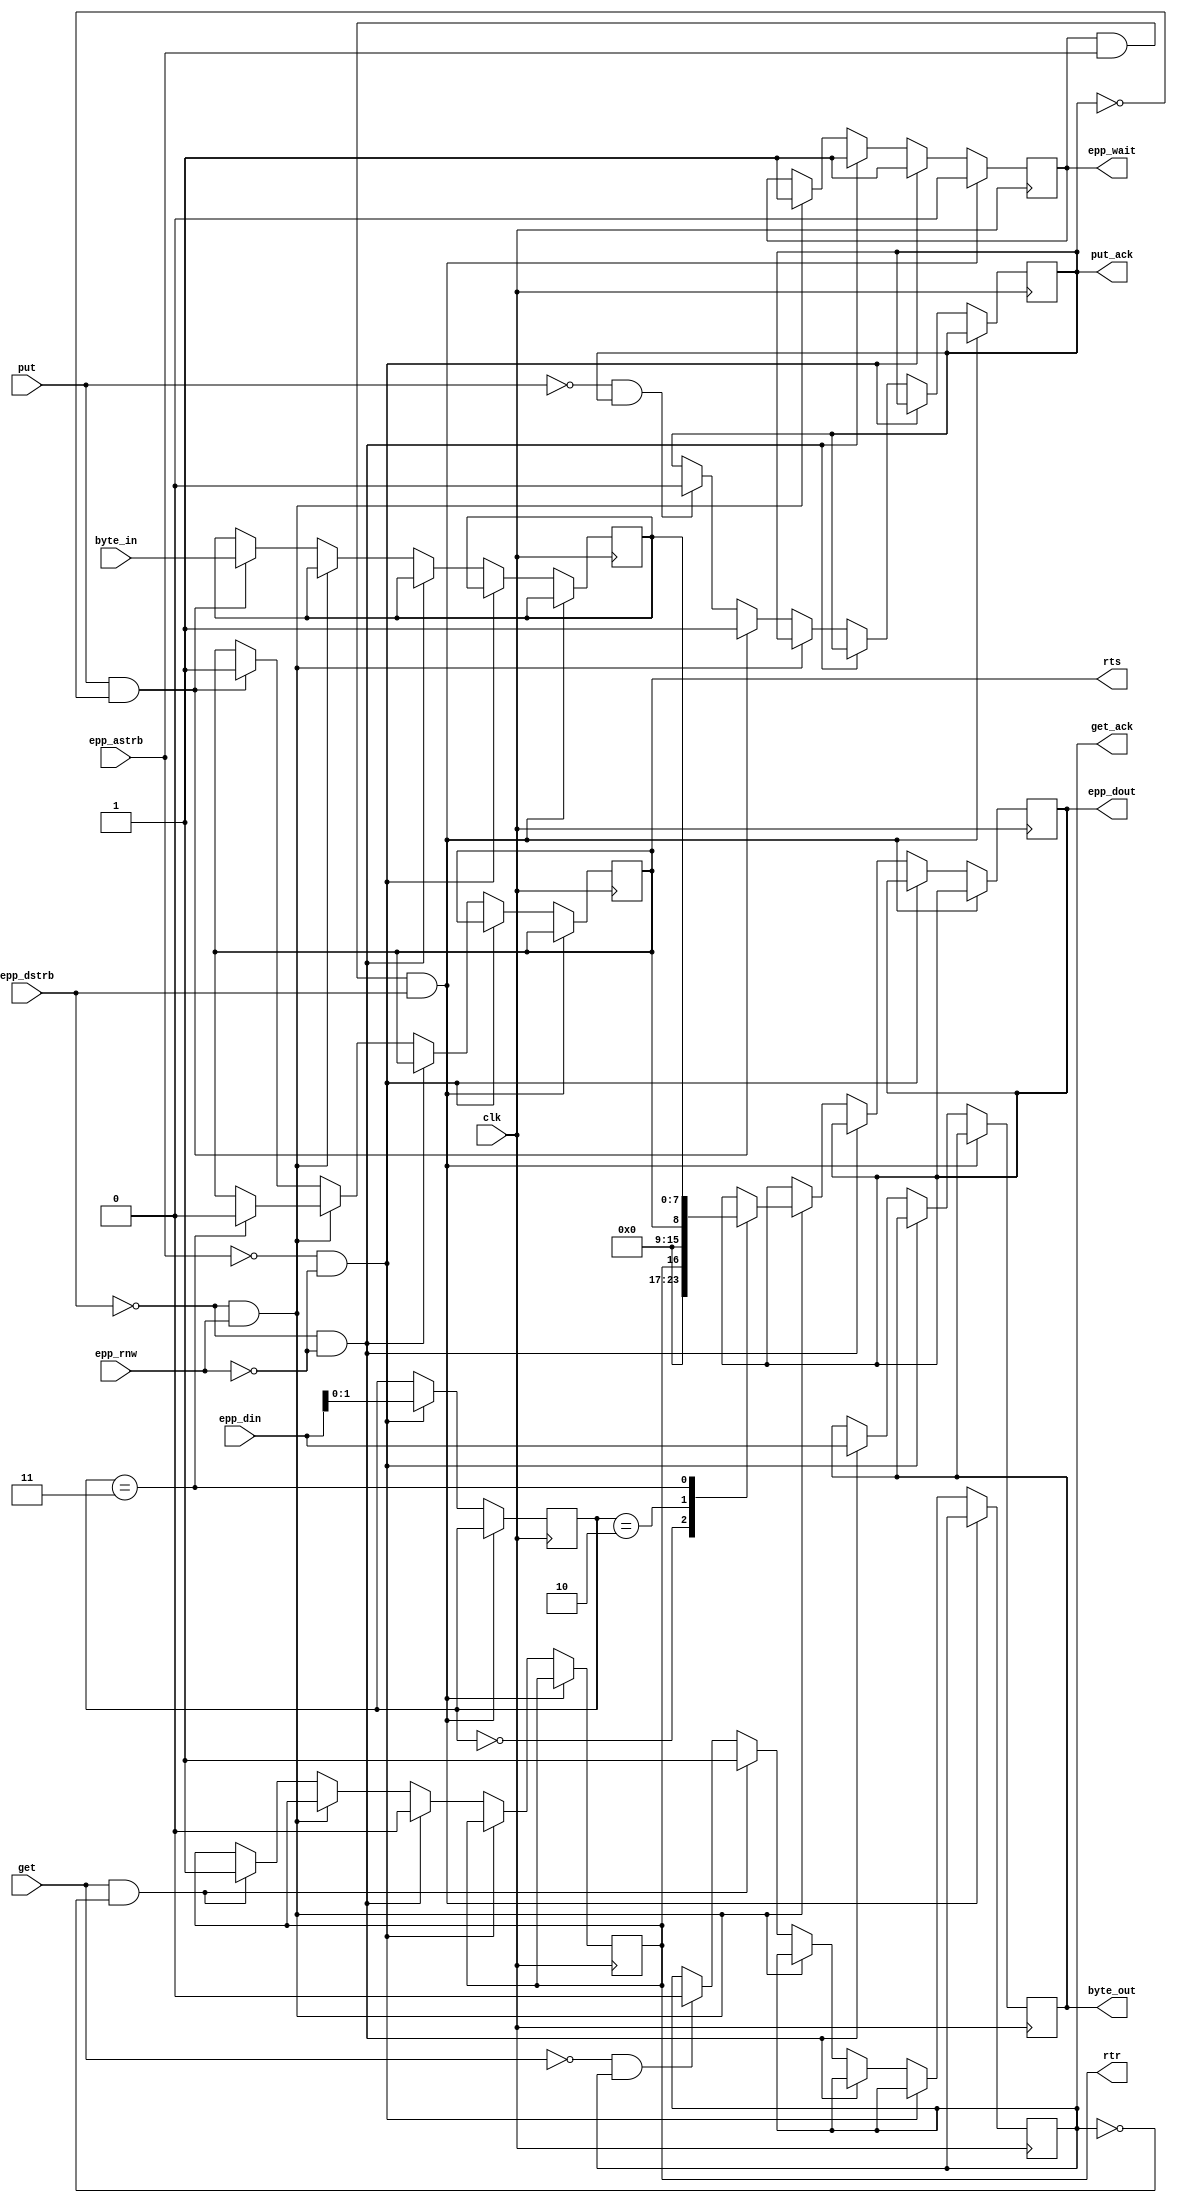
//Verilog HDL for "Board_lib", "emulated_uart" "functional"


module emulated_uart(clk, epp_din, epp_dout, epp_astrb, epp_dstrb, epp_rnw, epp_wait, byte_out,
			     byte_in, get, put, rts, rtr, get_ack, put_ack );

// This module implements the bi-directional Digilent emulated parallel port(DEPP)
// and sets up a byte wide input stream and a byte wide output stream
// See Digilent Asynchronous Parallel Interface (DEPP).pdf

input            clk;
input      [7:0] epp_din; // Data input.
output reg [7:0] epp_dout; // Data output.
input            epp_astrb; // Address strobe. Write to the address register. Active low.
input            epp_dstrb; // Data strobe. Write to/read from a data register. Active low.
input            epp_rnw; // Transfer direction control. High=read, host read from peripheral;
			  // Low=write, host writes to pheripheral
output reg       epp_wait; // Handshake signal used to indicate when the peripheral is ready
			   // to accept data or has data available
output reg [7:0] byte_out; // Data output
input      [7:0] byte_in; // Data input
input            get; // High=perihperal wants to read data
input            put; // High=peripheral wants to write data
output reg       get_ack; // Acknowledge data write
output reg       put_ack; // Acknowledge data read


reg [1:0]        addr;
output reg       rts; // UART is ready to send
output reg       rtr; // UART is ready to read
reg [7:0]        byte2pc;

initial
 begin
  epp_wait = 1;		//Wait when set to 1
  rts = 0;		//Ready To Send (1 = ready)
  rtr = 1;		//Ready To Recieve (1 = ready)
  get_ack = 0;
  put_ack = 0;
 end


always @(posedge clk)
 begin
  if((epp_wait == 1) & (epp_astrb == 1) & (epp_dstrb == 1)) epp_wait <= 0; //End of transaction

  else if((epp_astrb == 0) & (epp_rnw == 0)) // Address write
   begin
    addr <= epp_din;
    epp_wait <= 1;
   end
  else if((epp_dstrb == 0) & (epp_rnw == 0)) // Data write
   begin
    byte_out <= epp_din;
    rtr <= 0;
    epp_wait <= 1;
   end
  else if((epp_dstrb == 0) & (epp_rnw == 1)) // Data read
   begin
    case(addr)
     0 : epp_dout <= rtr; // Can I send a byte to FPGA
     2 : epp_dout <= rts; // Can I read a byte from FPGA
     3 : begin
          epp_dout <= byte2pc; // Read byte from FPGA
          rts <= 0;
         end
    endcase
    epp_wait <= 1;
   end
  else
   begin
    if((get == 1) & (get_ack == 0)) // Send data on UART
     begin
      get_ack <= 1;
      rtr <= 1;
     end
    else if((get == 0) & (get_ack == 1))
     get_ack <= 0;
    if((put == 1) & (put_ack == 0)) // Read data from UART
     begin
      byte2pc <= byte_in;
      put_ack <= 1;
      rts <= 1;
     end
    else if((put == 0) & (put_ack == 1))
     put_ack <= 0;          
   end
 end       
     
      
       
    
 

endmodule